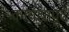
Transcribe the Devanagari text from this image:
कायद्यापुढे